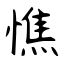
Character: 憔